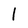
Character: l